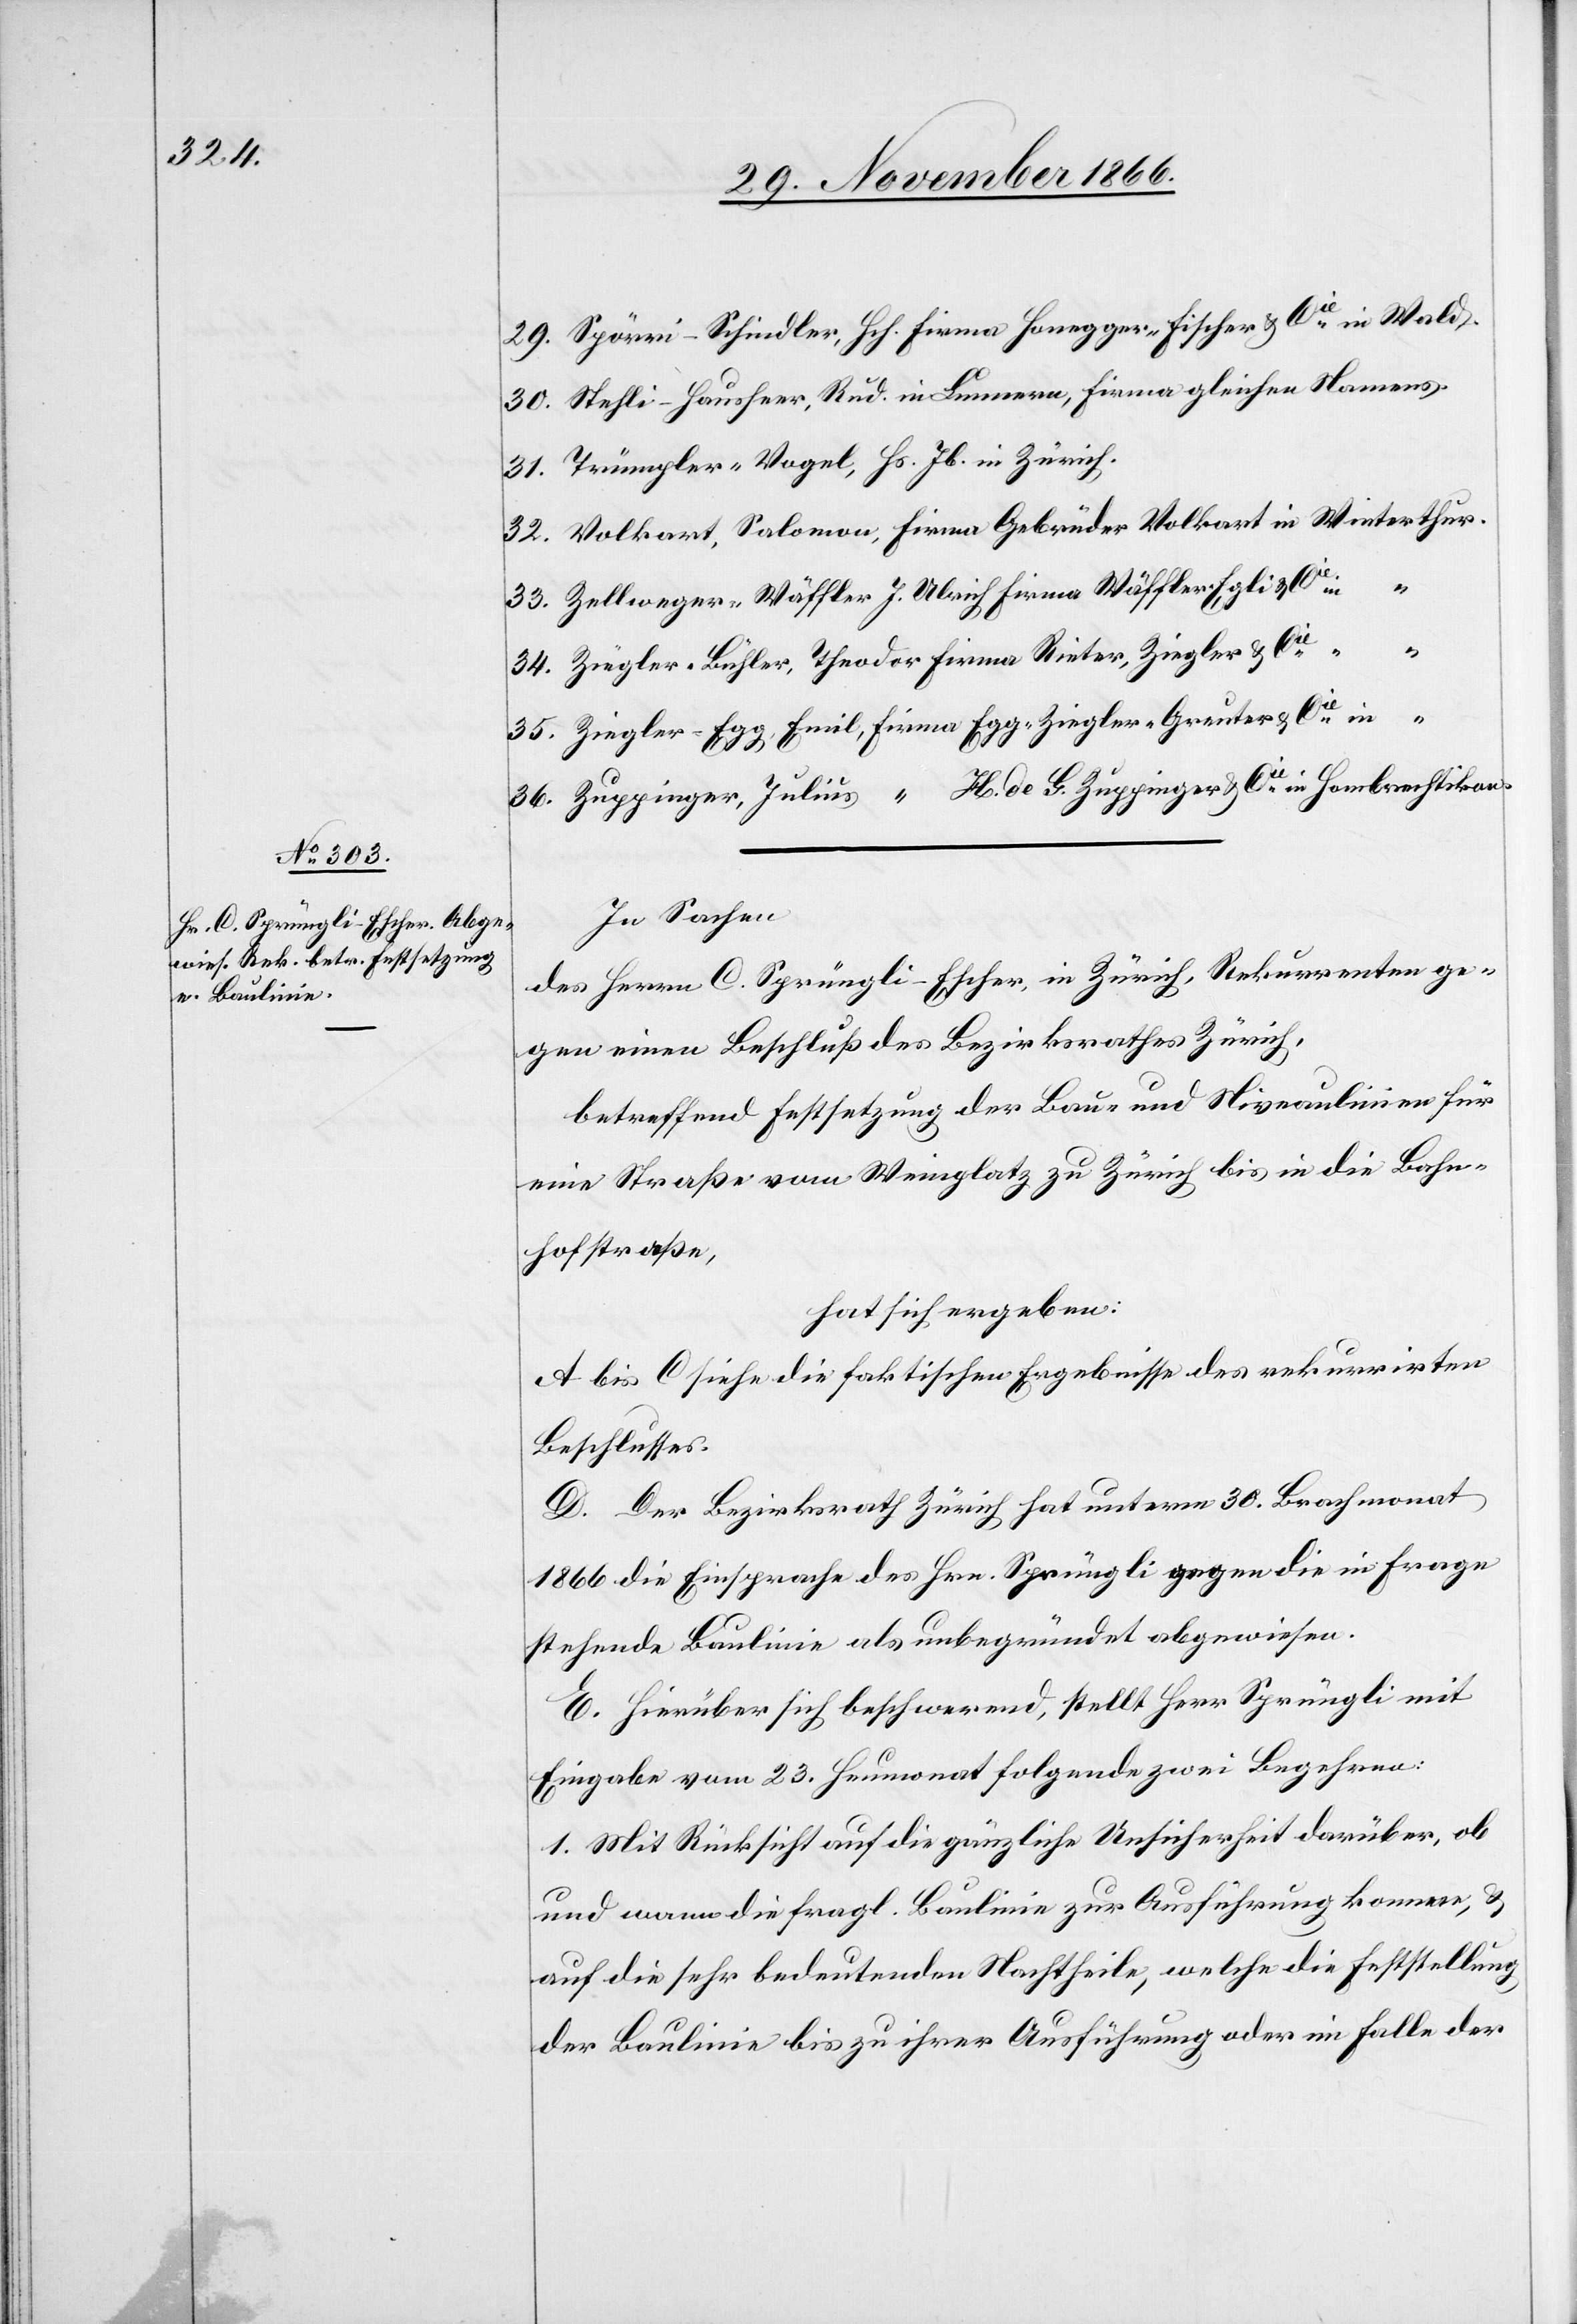
29. Spörri-Schindler, Hch.	Firma Honegger-Fischer & Cie. in Wald.
30. Stehli-Hausheer, Rud. in Lunnern, Firma gleichen Namens.
31. Trümpler-Vogel, Hs. Jb. in Zürich.
32. Volkart, Salomon, Firma Gebrüder Volkart in Winterthur.
33. Zellweger-Wäffler J. Ulrich Firma Wäffler-Egli & Cie. in
34. Ziegler-Bühler, Theodor Firma Rieter, Ziegler & Cie.
35. Ziegler-Egg, Emil, Firma Egg-Ziegler-Greuter & Cie. in
36. Zuppinger, Julius, “ H. de G. Zuppinger & Cie. in Hombrechtikon.
In Sachen
des Herrn C. Sprüngli-Escher, in Zürich, Rekurrenten ge¬
gen einen Beschluß des Bezirksrathes Zürich,
betreffend Festsetzung der Bau- und Niveaulinien für
eine Straße vom Weinplatz zu Zürich bis in die Bahn¬
hofstraße,
hat sich ergeben:
A bis C siehe die faktischen Ergebnisse des rekurrirten
Beschlusses.
D. Der Bezirksrath Zürich hat unterm 30. Brachmonat
1866 die Einsprache des Hrn. Sprüngli gegen die in Frage
stehende Baulinie als unbegründet abgewiesen.
E. Hierüber sich beschwerend, stellt Herr Sprüngli mit
Eingabe vom 23. Heumonat folgende zwei Begehren:
1. Mit Rücksicht auf die gänzliche Unsicherheit darüber, ob
und wann die fragl. Baulinie zur Ausführung kommen, &
auf die sehr bedeutenden Nachtheile, welche die Feststellung
der Baulinie bis zu ihrer Ausführung oder im Falle der